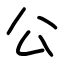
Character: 公